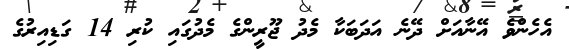
އެހެންވެ އޭނާއަށް ދޭނެ އަދަބަކާ މެދު ޖޫރީންގެ މެދުގައި ކުރި 14 ގަޑިއިރުގެ